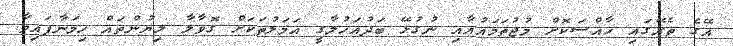
އޭގެ ތެރޭގައި ހާއްސަކޮށް މުޖުތަމައުއާއި ނުގުޅޭ ބަދުއަހުލާގީ އަމަލުތަކަށް ގޮވާލާ ލިޔުންތައް ހިމަނާފައިވާ